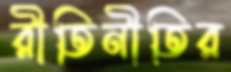
রীতিনীতির